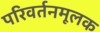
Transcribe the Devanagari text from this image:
परिवर्तनमूलक